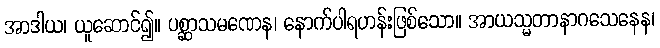
အာဒါယ၊ ယူဆောင်၍။ ပစ္ဆာသမဏေန၊ နောက်ပါရဟန်းဖြစ်သော။ အာယသ္မတာနာဂသေနေန၊